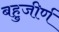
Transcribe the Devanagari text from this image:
बहुजीर्ण